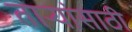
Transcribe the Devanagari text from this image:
ताऱ्यांसाठी